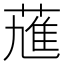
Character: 𱾆